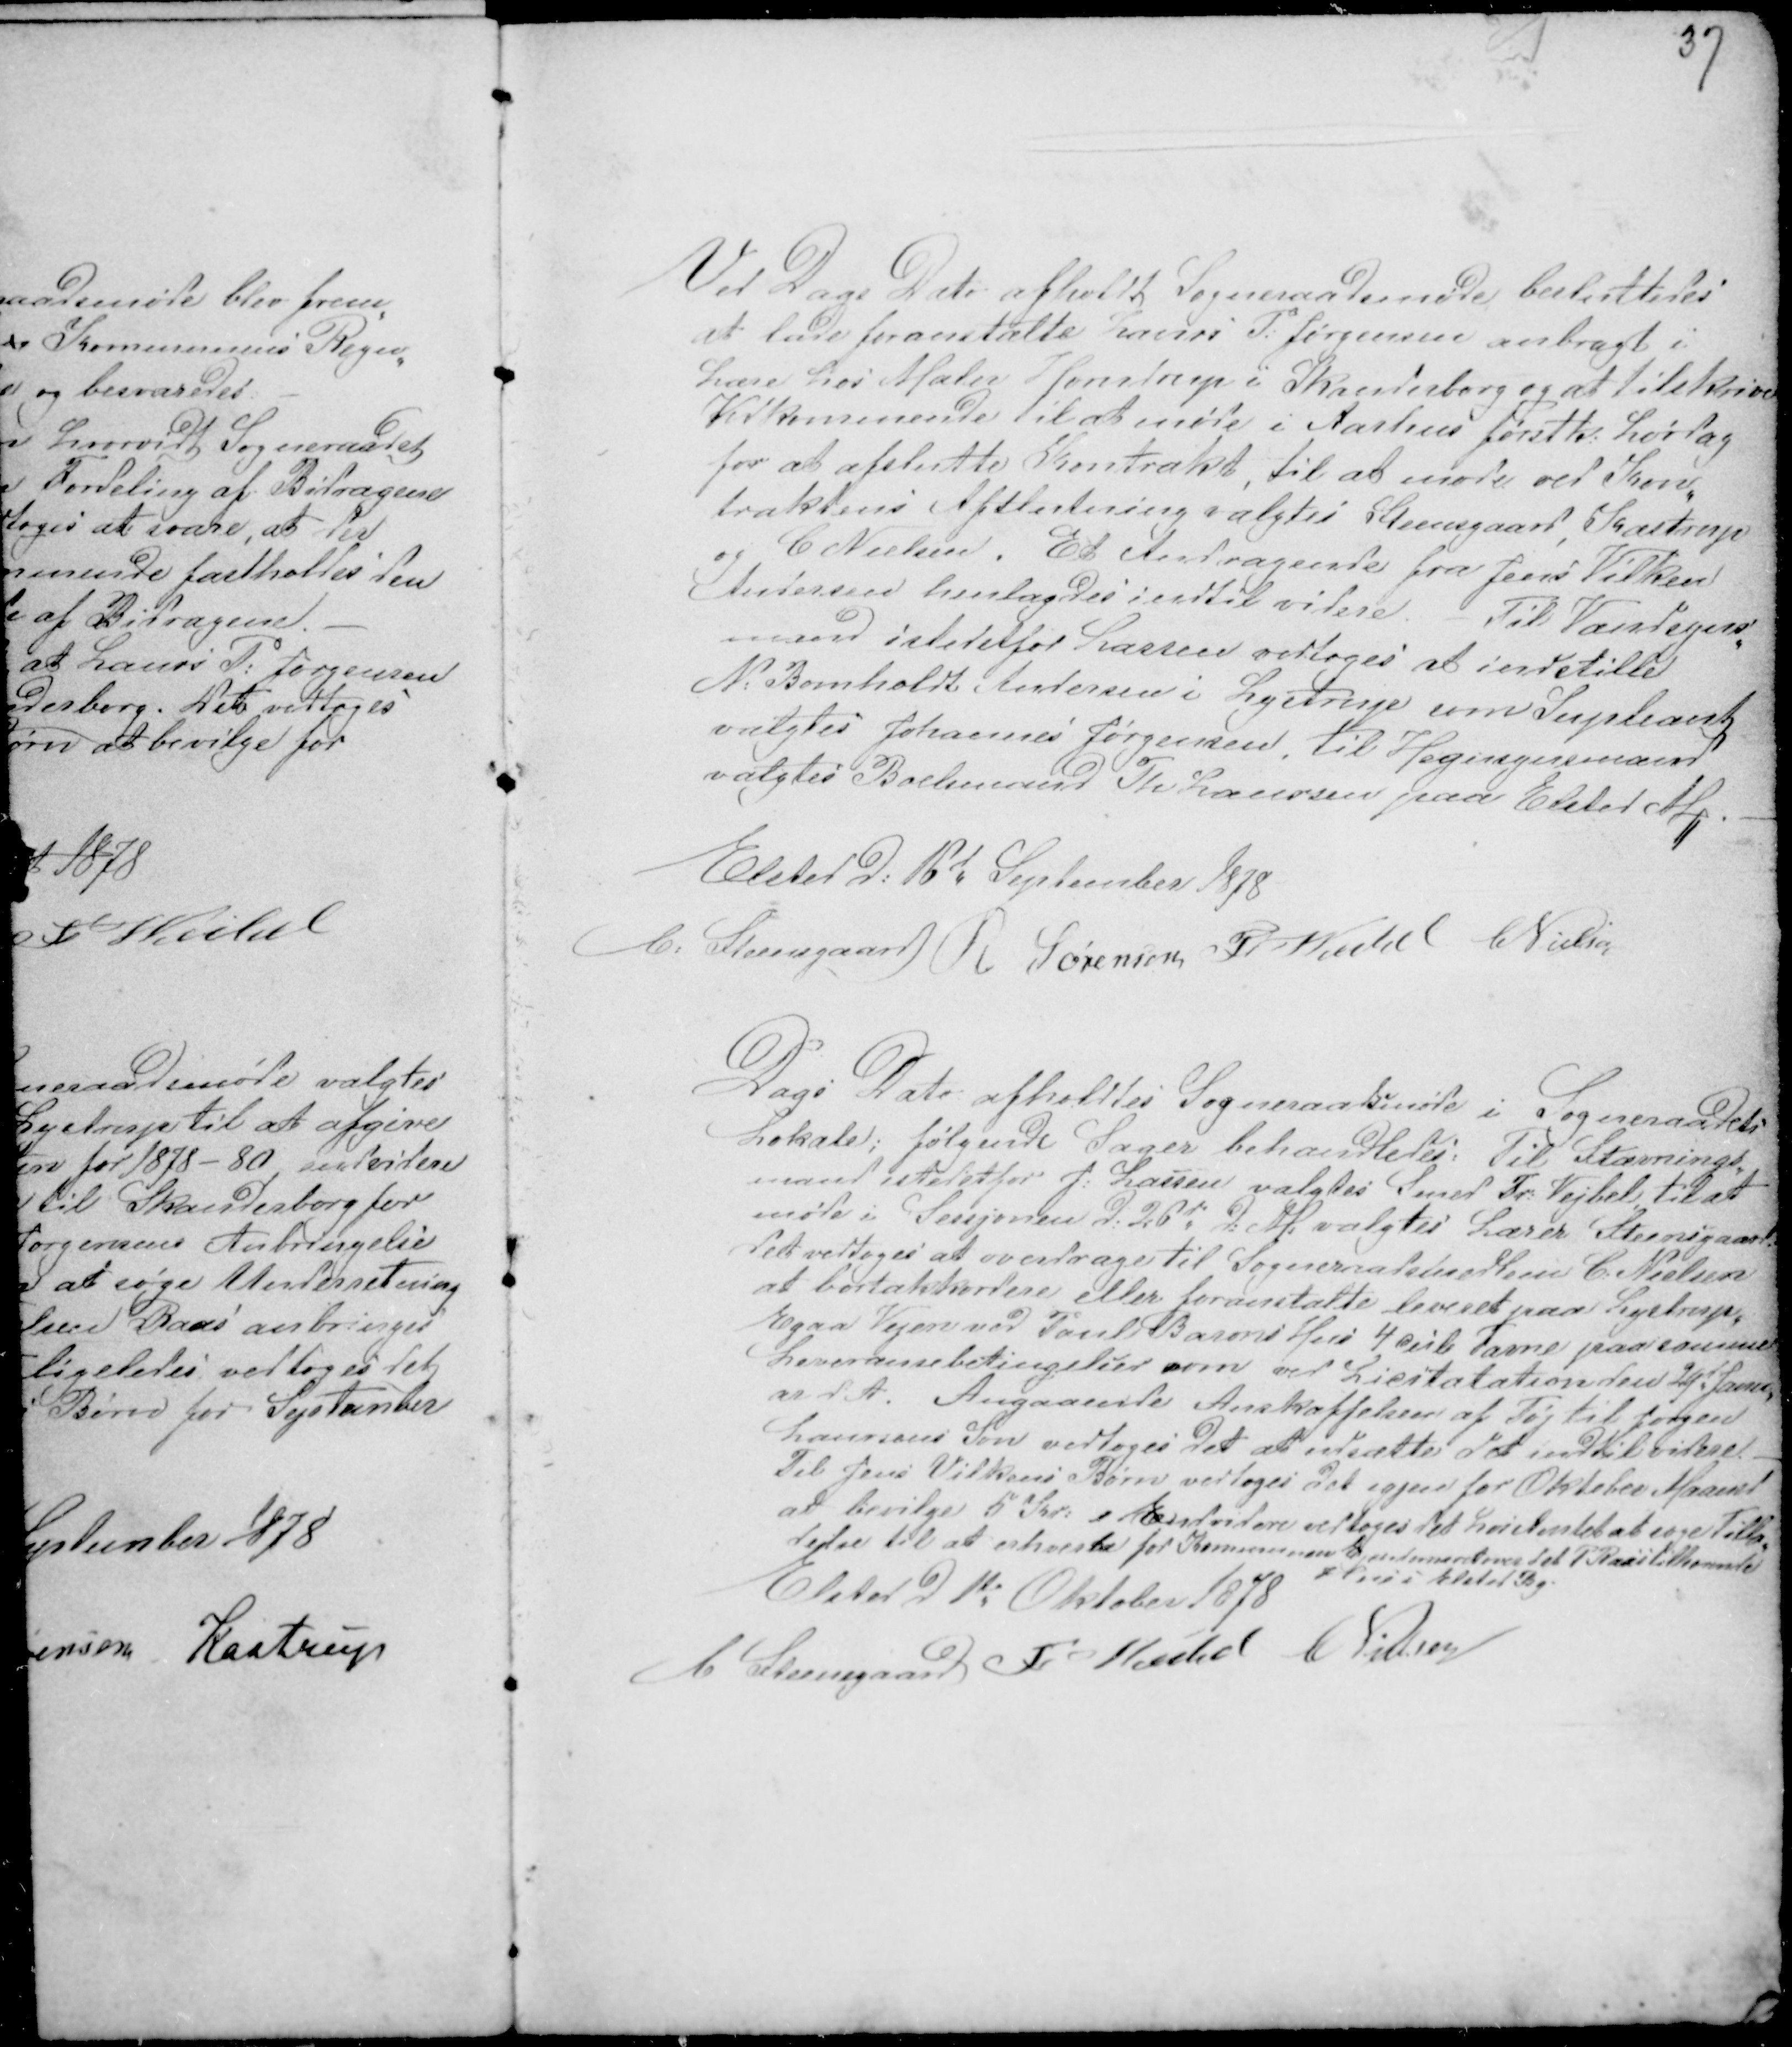
Transskription:
37

Ved Dags Dato afholdt Sogneraadsmøde besluttedes
at lade føromtalte Laurs P: Jørgensen anbragt i
Lære hos Maler Horndrup i Skanderborg og at tilskrive
Vedkommende til at møde i Aarhus første Lørdag
for at afslutte Kontrakt, til at møde ved Kon-
traktens Afslutning valgtes Steensgaard, Kastrup
og C Nielsen. Et Andragende fra Jens Vilken
Andersen henlagdes indtil videre. Til Vandsyns-
mand istedetfor Lassen vedtoges at indstille
N: Bomholt Andersen i Lystrup som Supleant
valgtes Johannes Jørgensen. Til Hegnsynsmand
valgtes Boelsmand Th Laursen paa Elsted M. -
Elsted d: 16d September 1878
C: Steensgaard R Sørensen Fr Veibel CNielsen

Dags Dato afholdtes Sogneraadsmøde i Sogneraadets
Lokale; følgende Sager behandledes: Til Stævnings-
mand istedetfor J: Lassen valgtes Smed Fr: Vejbel til at
møde i Sessjonen d: 26d d: M. valgtes Lærer Steensgaard.
det vedtoges at overdrage til Sogneraadsmedlem C Nielsen
at bortakkordere eller foranstalte leveret paa Lystrup-
Egaa Vejen ved Poul Barons Hus 4 Cub Favne paa samme
Leveransebetingelser som ved Licitation den 29d Janu-
ar d. A. Angaaende Anskaffelsen af Tøj til Jørgen
Laursens Søn vedtoges det at udsætte det indtil videre.
Til Jens Vilkens Børn vedtoges det igjen for Oktober Maaned
at bevilge 5 Kr: Endvidere vedtoges det hos Amtet at søge Tilla-
delse til at erhverve for Kommunen Ejendomsret over det P Kaas Tilhørende
Hus i Elsted By.
Elsted D 1te Oktober 1878
C Steensgaard Fr Veibel C Nielsen